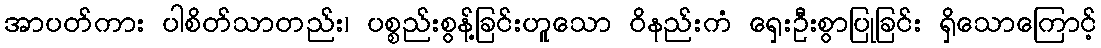
အာပတ်ကား ပါစိတ်သာတည်း၊ ပစ္စည်းစွန့်ခြင်းဟူသော ဝိနည်းကံ ရှေးဦးစွာပြုခြင်း ရှိသောကြောင့်